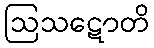
ဩသဋောတိ